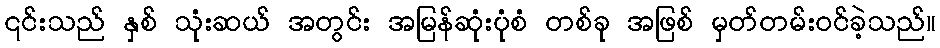
၎င်းသည် နှစ် သုံးဆယ် အတွင်း အမြန်ဆုံးပုံစံ တစ်ခု အဖြစ် မှတ်တမ်းဝင်ခဲ့သည်။